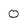
Character: 0